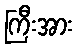
ကြီးအား